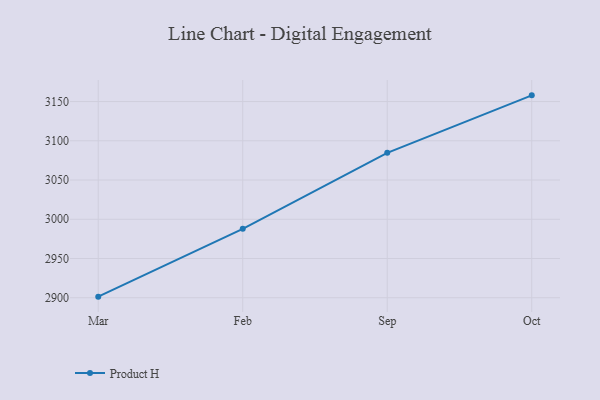
{"axis": {"x": "Month", "y": "Backlog"}, "legend": ["Product H"], "data": [{"x": "Mar", "y": 2901.4, "type": "Product H"}, {"x": "Feb", "y": 2987.8, "type": "Product H"}, {"x": "Sep", "y": 3084.7, "type": "Product H"}, {"x": "Oct", "y": 3157.9, "type": "Product H"}]}